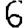
Digit: 6